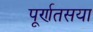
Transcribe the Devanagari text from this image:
पूर्णतसया